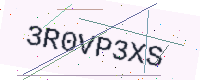
Text: 3R0VP3XS